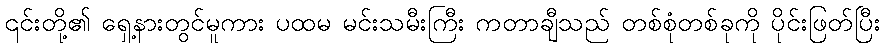
၎င်းတို့၏ ရှေ့နားတွင်မူကား ပထမ မင်းသမီးကြီး ကတာချီသည် တစ်စုံတစ်ခုကို ပိုင်းဖြတ်ပြီး